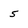
Character: 5